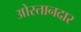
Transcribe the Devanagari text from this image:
ओस्तानदार